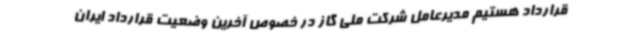
قرارداد هستیم مدیرعامل شرکت ملی گاز در خصوص آخرین وضعیت قرارداد ایران